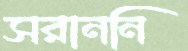
সরাননি